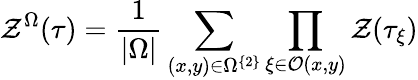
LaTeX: \mathcal{Z}^{\Omega}(\tau)=\frac{{1}}{{|\Omega|}}\sum_{(x,y)\in\Omega^{\left\{ 2\right\} }}\prod_{\xi\in\mathcal{{O}}(x,y)}\mathcal{Z}(\tau_{\xi})